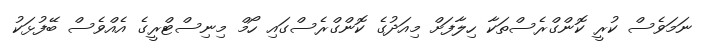
ނަމަވެސް ކުރީ ކޮންގްރެސްތަކާ ހިލާފަށް މިއަދުގެ ކޮންގްރެސްގައި ހޯމް މިނިސްޓްރީގެ އެއްވެސް ބޭފުޅަކު